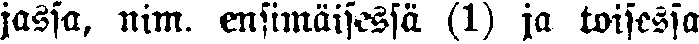
jassa, nim. ensimäisessä (1) ja toisessa